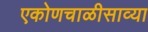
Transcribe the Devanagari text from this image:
एकोणचाळीसाव्या